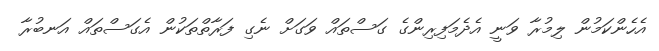
އެހެންކަމުން ލިމުރާ ވަނީ އެދެމަފިރިންގެ ގަސްތައް ވަގަށް ނެގި ފަރާތްތަކުން އެގަސްތައް އަނބުރާ